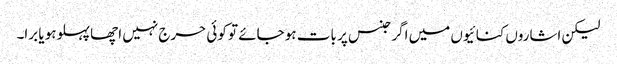
لیکن اشاروں کنائیوں میں اگر جنس پر بات ہو جائے تو کوئی حرج نہیں اچھا پہلوہو یا برا۔